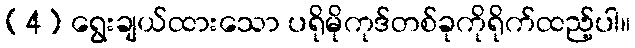
(4) ရွေးချယ်ထားသော ပရိုမိုကုဒ်တစ်ခုကိုရိုက်ထည့်ပါ။